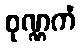
စုဏ္ဏကံ